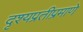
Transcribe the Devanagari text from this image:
दृश्यप्रतीप्रमाणे